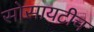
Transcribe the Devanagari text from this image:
सोसायटीच